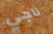
ناجي